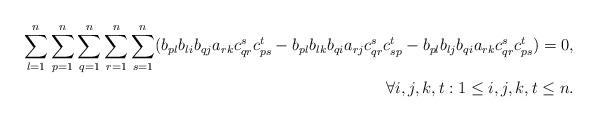
LaTeX: \begin{align*}\sum_{l=1}^n \sum_{p=1}^n \sum_{q=1}^n \sum_{r=1}^n \sum_{s=1}^n (b_{pl}b_{li}b_{qj}a_{rk} c_{qr}^s c_{ps}^t - b_{pl}b_{lk}b_{qi}a_{rj} c_{qr}^s c_{sp}^t - b_{pl}b_{lj}b_{qi}a_{rk} c_{qr}^s c_{ps}^t)=0,& \\ \forall i,j,k,t : 1 \leq i,j,k,t \leq n. & \end{align*}